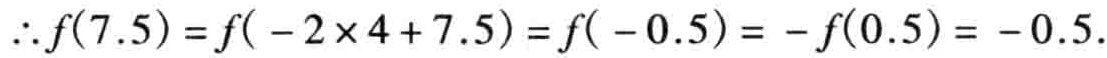
\(\therefore f(7.5)=f(-2\times 4 + 7.5)=f(-0.5)=-f(0.5)=-0.5.\)